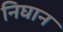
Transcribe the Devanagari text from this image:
निघान